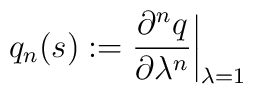
q_n(s):= {\partial^n q\over \partial\lambda^n}\biggr\vert_{\lambda=1}